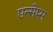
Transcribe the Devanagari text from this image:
एन्सेप्स